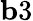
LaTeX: {\mathbf b3}